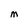
Character: M